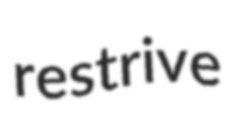
restrive